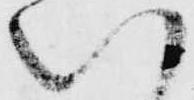
八